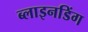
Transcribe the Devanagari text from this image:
ब्लाइनडिंग